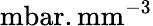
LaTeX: \mathrm{mbar.mm}^{-3}